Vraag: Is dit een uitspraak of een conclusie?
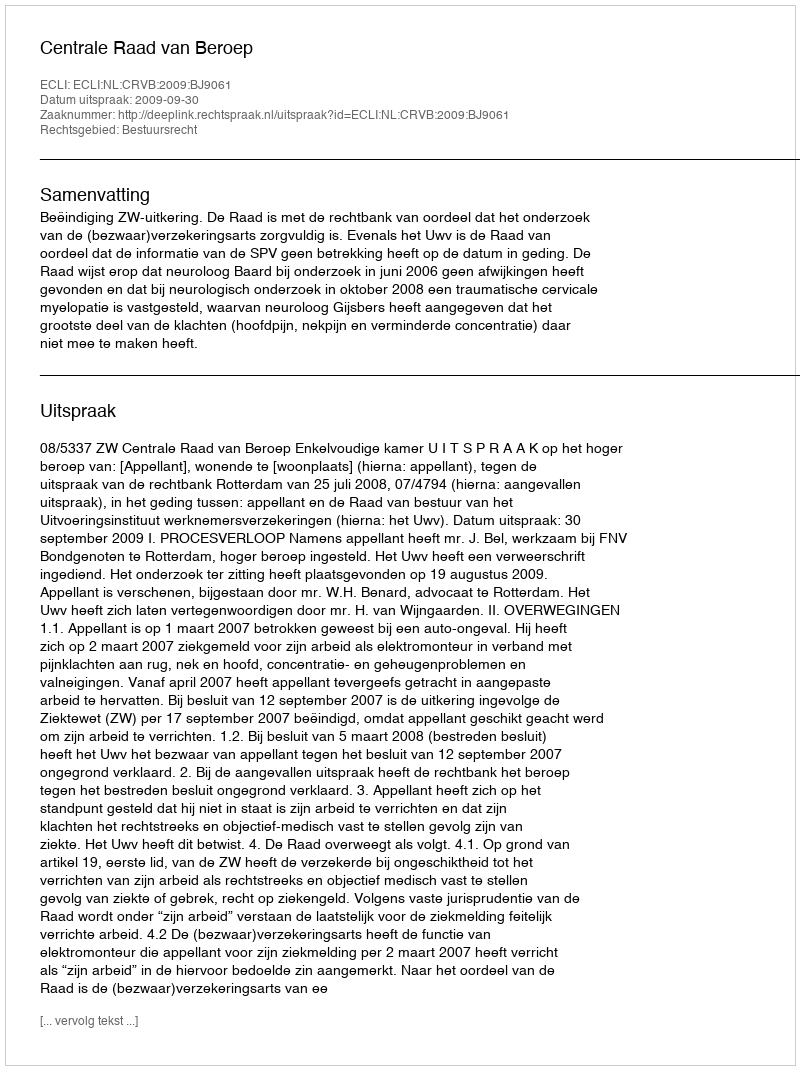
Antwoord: Uitspraak